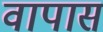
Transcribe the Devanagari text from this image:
वापास